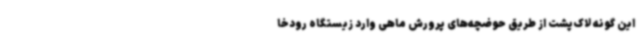
این گونه لاک‌پشت از طریق حوضچه‌های پرورش ماهی وارد زیستگاه‌ رودخا